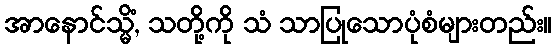
အာနောင်သ္မိံ, သတို့ကို သံ သာပြုသောပုံစံများတည်း။